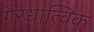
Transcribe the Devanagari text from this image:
गैरधात्विक